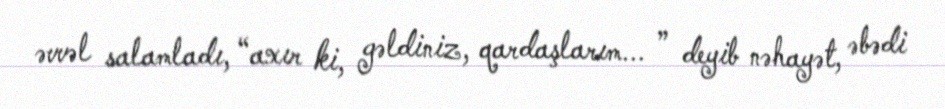
əvvəl salamladı, “axır ki, gəldiniz, qardaşlarım... ” deyib nəhayət, əbədi